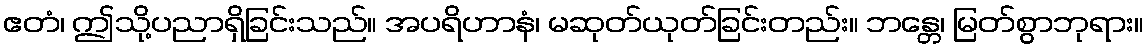
ဧတံ၊ ဤသို့ပညာရှိခြင်းသည်။ အပရိဟာနံ၊ မဆုတ်ယုတ်ခြင်းတည်း။ ဘန္တေ၊ မြတ်စွာဘုရား။